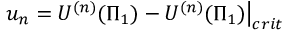
\left. u _ { n } = U ^ { ( n ) } ( \Pi _ { 1 } ) - U ^ { ( n ) } ( \Pi _ { 1 } ) \right| _ { c r i t }